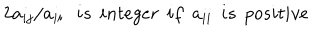
LaTeX: 2 a _ { i j } / a _ { i i } \: \: \: i s \: \: i n t e g e r \: \: i f \: \: a _ { i i } \: \: i s \: \: p o s i t i v e